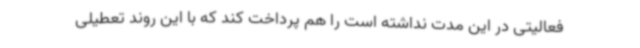
فعالیتی در این مدت نداشته است را هم پرداخت کند که با این روند تعطیلی